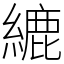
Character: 䌒